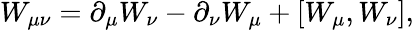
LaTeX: W_{\mu\nu}=\partial_{\mu}W_{\nu}-\partial_{\nu}W_{\mu}+\left[W_{\mu},W_{\nu}\right],